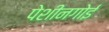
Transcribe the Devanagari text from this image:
पेशीनगोई